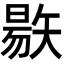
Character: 𥏬